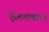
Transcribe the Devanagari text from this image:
ऐलनाबाद।